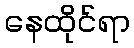
နေထိုင်ရာ